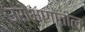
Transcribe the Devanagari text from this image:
उरोभागातील